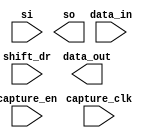
////////////////////////////////////////////////////////////////////////////////
//
//       This confidential and proprietary software may be used only
//     as authorized by a licensing agreement from Synopsys Inc.
//     In the event of publication, the following notice is applicable:
//
//                    (C) COPYRIGHT 1998 - 2018 SYNOPSYS INC.
//                           ALL RIGHTS RESERVED
//
//       The entire notice above must be reproduced on all authorized
//     copies.
//
//
// VERSION:   Simulation Architecture
//
// DesignWare_version: 55ba9a1e
// DesignWare_release: O-2018.06-DWBB_201806.3
//
////////////////////////////////////////////////////////////////////////////////
//-----------------------------------------------------------------------------------
//
// ABSTRACT:  Boundary Scan Cell Type BC_4
//
//
//
//
//  Input Ports:    Size    Description
//  ===========     ====    ===========
//  capture_clk     1 bit   Clocks data into the capture stage
//  capture_en      1 bit   Enable for data clocked into the capture
//  shift_dr        1 bit   Enables the boundary scan chain to shift data
//                          one stage toward its serial output (tdo)
//  si              1 bit   Serial path from the previous boundary scan cell
//  data_in         1 bit   Input data
//
//  Output Ports    Size    Description
//  ============    ====    ===========
//  so              1 bit   Serial path to the next boundary scan cell
//
//
//
// MODIFIED:
//
//  Liming SU   02/25/2016  Simplified codes by using continuous assignments
//
//  Liming SU   02/04/2016  Eiminated use of non-blocking assignments in
//                          always blocks that doesn't use posedge or
//                          negedge conditioning
//
//  RPH         05/17/2002  Added data_out pin as per the requirement in the
//                          specification (STAR 130443)
//-----------------------------------------------------------------------------
module DW_bc_4 (
  capture_clk,
  capture_en,
  shift_dr,
  si,
  data_in,
  so,
  data_out
);

  input  capture_clk;
  input  capture_en;
  input  shift_dr;
  input  si;
  input  data_in;
  output so;
  output data_out;
   
  wire next_so;
  reg  so;

// synopsys translate_off

  assign data_out = data_in;
   
  assign next_so = (capture_en===1'b1) ? so :
                     ((shift_dr===1'b1) ? si : data_in);

  always @(posedge capture_clk) begin : so_proc_PROC
    so <= next_so;
  end

//synopsys translate_on

endmodule